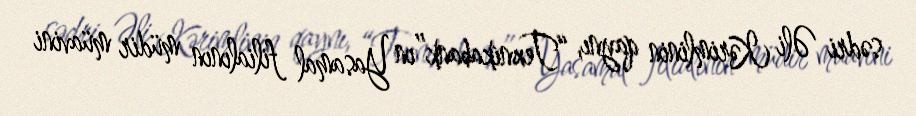
sədri Əli Kərimlinin qaynı, “Texnikabank”ın Yasamal filialının müdir müavini